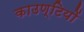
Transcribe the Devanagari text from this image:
काउण्टियों